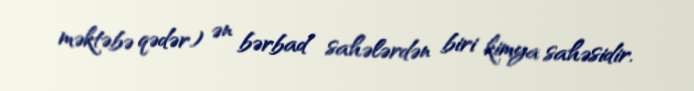
məktəbə qədər) ən bərbad sahələrdən biri kimya sahəsidir.